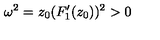
\omega ^ { 2 } = z _ { 0 } ( F _ { 1 } ^ { \prime } ( z _ { 0 } ) ) ^ { 2 } > 0